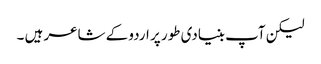
لیکن آپ بنیادی طور پر اردو کے شاعر ہیں ۔